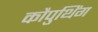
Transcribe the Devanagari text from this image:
कौपुथिंग